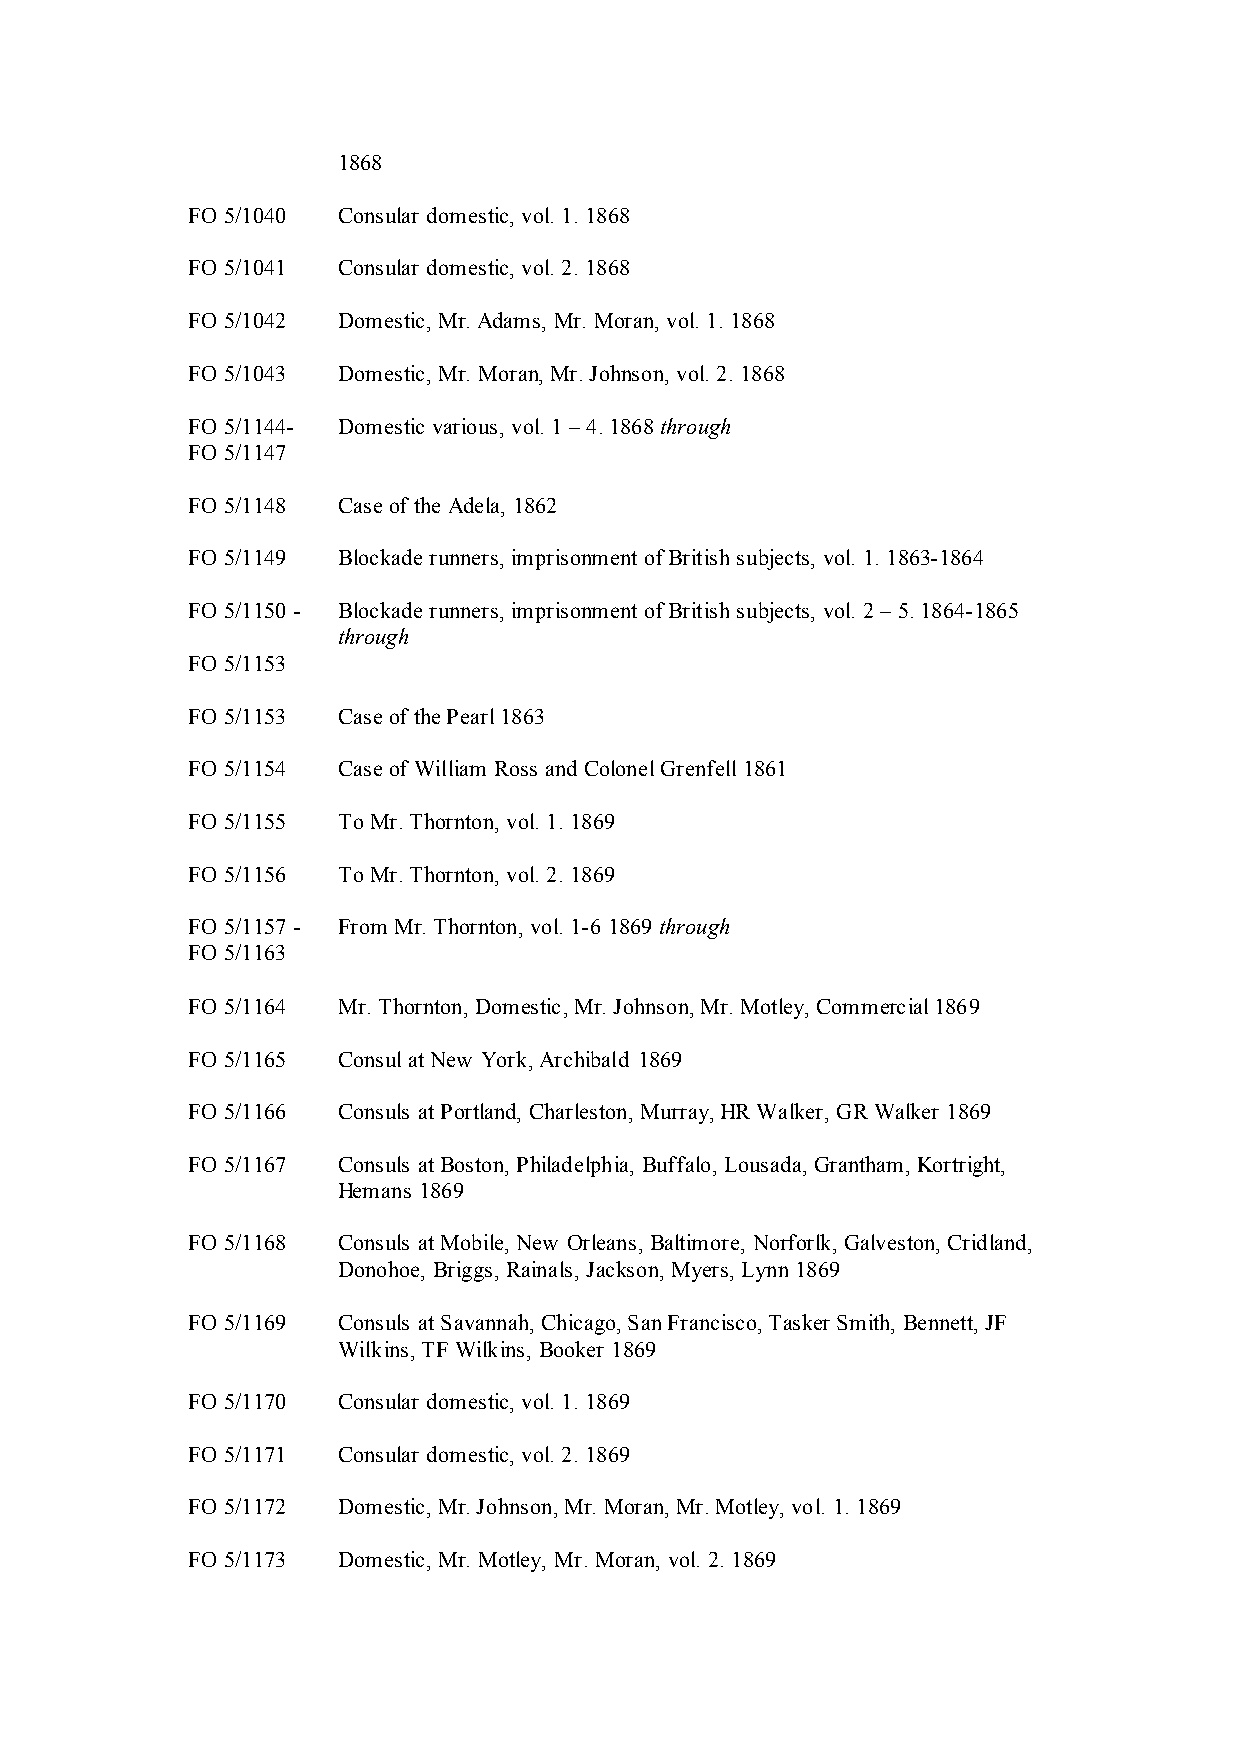
1868
 FO 5/1040 Consular domestic, vol. 1. 1868
 FO 5/1041 Consular domestic, vol. 2. 1868
 FO 5/1042 Domestic, Mr. Adams, Mr. Moran, vol. 1. 1868
 FO 5/1043 Domestic, Mr. Moran, Mr. Johnson, vol. 2. 1868
 FO 5/1144- Domestic various, vol. 1 – 4. 1868 through
 FO 5/1147
 FO 5/1148 Case of the Adela, 1862
 FO 5/1149 Blockade runners, imprisonment of British subjects, vol. 1. 1863-1864
 FO 5/1150 - Blockade runners, imprisonment of British subjects, vol. 2 – 5. 1864-1865
 through
 FO 5/1153
 FO 5/1153 Case of the Pearl 1863
 FO 5/1154 Case of William Ross and Colonel Grenfell 1861
 FO 5/1155 To Mr. Thornton, vol. 1. 1869
 FO 5/1156 To Mr. Thornton, vol. 2. 1869
 FO 5/1157 - From Mr. Thornton, vol. 1-6 1869 through
 FO 5/1163
 FO 5/1164 Mr. Thornton, Domestic, Mr. Johnson, Mr. Motley, Commercial 1869
 FO 5/1165 Consul at New York, Archibald 1869
 FO 5/1166 Consuls at Portland, Charleston, Murray, HR Walker, GR Walker 1869
 FO 5/1167 Consuls at Boston, Philadelphia, Buffalo, Lousada, Grantham, Kortright,
 Hemans 1869
 FO 5/1168 Consuls at Mobile, New Orleans, Baltimore, Norforlk, Galveston, Cridland,
 Donohoe, Briggs, Rainals, Jackson, Myers, Lynn 1869
 FO 5/1169 Consuls at Savannah, Chicago, San Francisco, Tasker Smith, Bennett, JF
 Wilkins, TF Wilkins, Booker 1869
 FO 5/1170 Consular domestic, vol. 1. 1869
 FO 5/1171 Consular domestic, vol. 2. 1869
 FO 5/1172 Domestic, Mr. Johnson, Mr. Moran, Mr. Motley, vol. 1. 1869
 FO 5/1173 Domestic, Mr. Motley, Mr. Moran, vol. 2. 1869